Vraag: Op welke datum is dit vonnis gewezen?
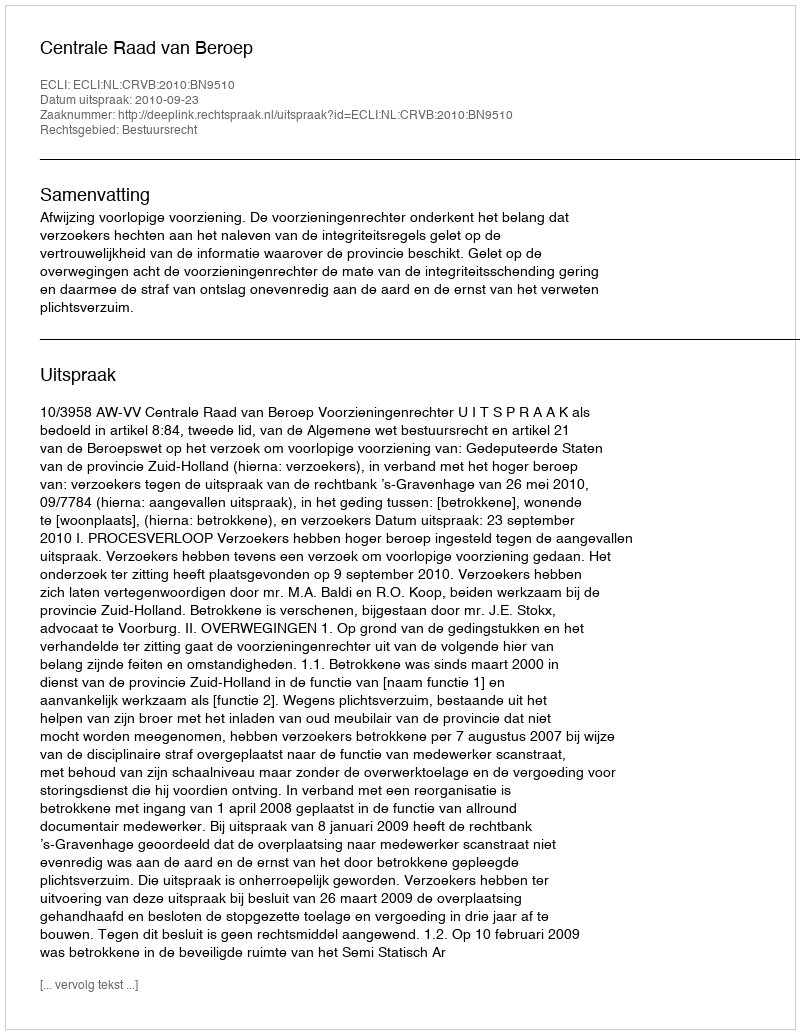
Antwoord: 2010-09-23